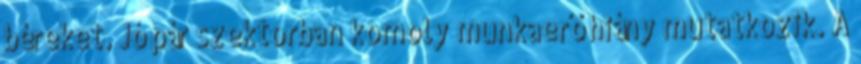
béreket. Jó pár szektorban komoly munkaerő hiány mutatkozik. A